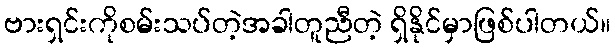
ဗားရှင်းကိုစမ်းသပ်တဲ့အခါတူညီတဲ့ ရှိနိုင်မှာဖြစ်ပါတယ်။